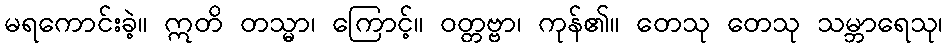
မရကောင်းခဲ့။ ဣတိ တသ္မာ၊ ကြောင့်။ ဝတ္တဗ္ဗာ၊ ကုန်၏။ တေသု တေသု သမ္ဘာရေသု၊